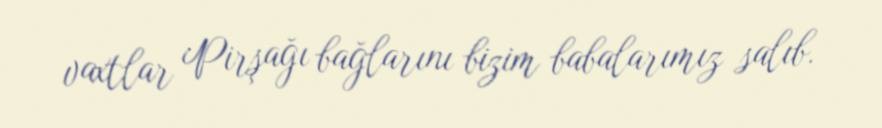
vaxtlar Pirşağı bağlarını bizim babalarımız salıb.